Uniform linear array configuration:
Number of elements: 48
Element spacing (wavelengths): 1
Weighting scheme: hamming
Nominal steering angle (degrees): -15
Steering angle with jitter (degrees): -14.569
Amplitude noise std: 0.05
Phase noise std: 0.05

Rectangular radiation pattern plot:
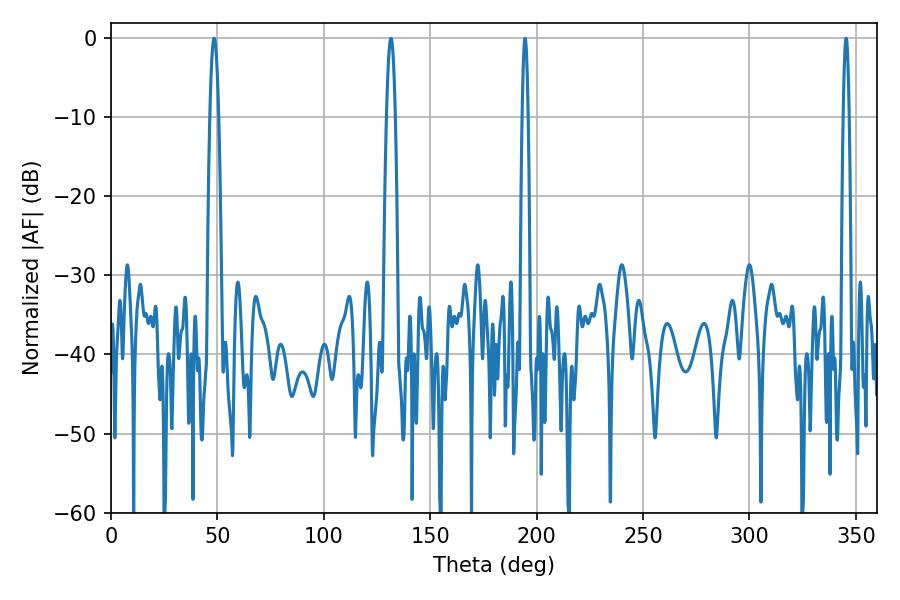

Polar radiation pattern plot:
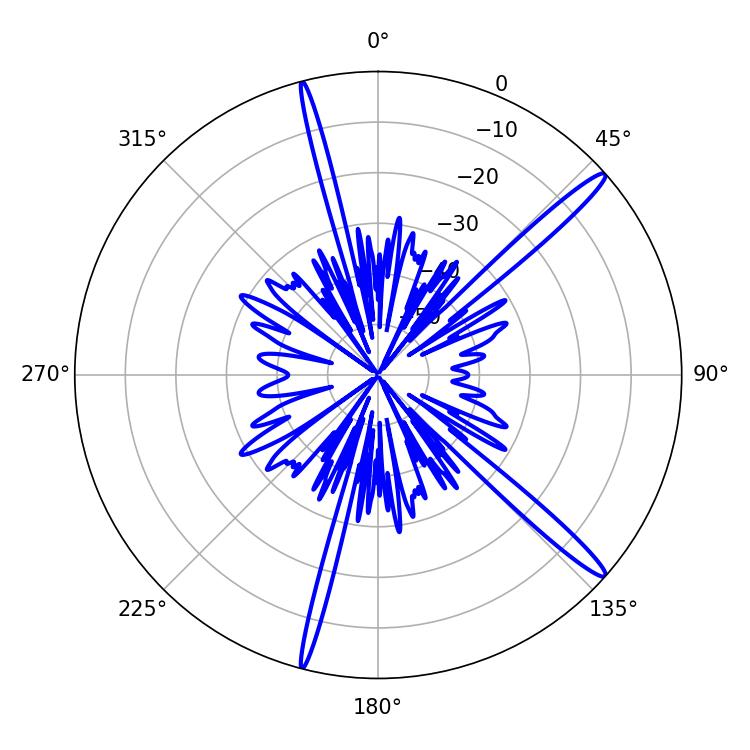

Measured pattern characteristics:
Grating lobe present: TRUE
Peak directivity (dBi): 16.015
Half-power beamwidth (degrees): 1.44
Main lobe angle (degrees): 345.42